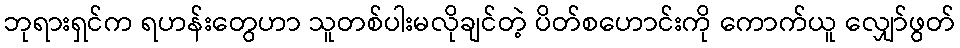
ဘုရားရှင်က ရဟန်းတွေဟာ သူတစ်ပါးမလိုချင်တဲ့ ပိတ်စဟောင်းကို ကောက်ယူ လျှော်ဖွတ်